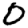
Digit: 0